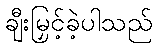
ချီးမြှင့်ခဲ့ပါသည်